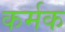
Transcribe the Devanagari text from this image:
कर्मक